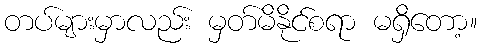
တပ်များမှာလည်း မှတ်မိနိုင်စရာ မရှိတော့။